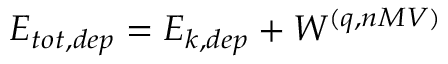
E _ { t o t , d e p } = E _ { k , d e p } + W ^ { ( q , n M V ) }